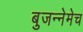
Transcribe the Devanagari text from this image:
बुजन्नेमेच